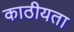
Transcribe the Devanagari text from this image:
काठीयता